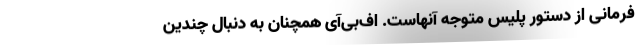
فرمانی از دستور پلیس متوجه آنهاست. اف‌بی‌آی همچنان به دنبال چندین